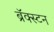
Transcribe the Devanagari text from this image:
ब्रॅक्स्टन